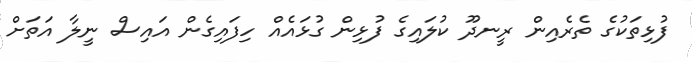
ފުޅިތަކުގެ ތެރެއިން ރީނދޫ ކުލައިގެ ފުޅިން ގުޅައެއް ހިފައިގެން އައިސް ނީލާ އަތަށް